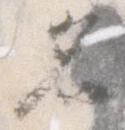
名